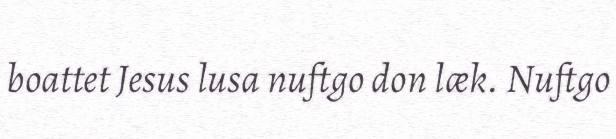
boattet Jesus lusa nuftgo don læk. Nuftgo